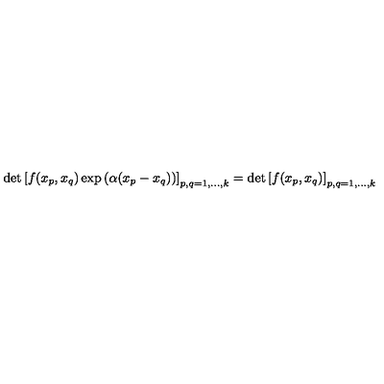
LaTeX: \det \left[ f ( x _ { p } , x _ { q } ) \exp \left( \alpha ( x _ { p } - x _ { q } ) \right) \right] _ { p , q = 1 , \ldots , k } = \det \left[ f ( x _ { p } , x _ { q } ) \right] _ { p , q = 1 , \ldots , k }